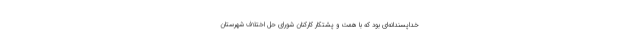
خداپسندانه‌ای بود که با همت و پشتکار کارکنان شورای حل اختلاف شهرستان